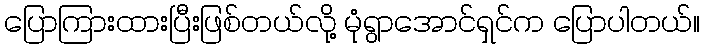
ပြောကြားထားပြီးဖြစ်တယ်လို့ မုံရွာအောင်ရှင်က ပြောပါတယ်။